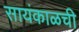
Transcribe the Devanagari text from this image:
सायंकाळची